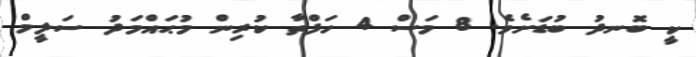
ކީ ބޮނދު ބުޑަށެވެ. 8 މަސް 4 ހަފްތާ ކުރިން މުޙައްމަދު ސަލީމް